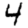
Digit: 4